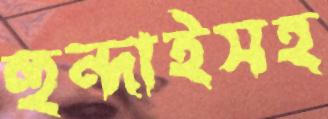
হুন্দাইসহ